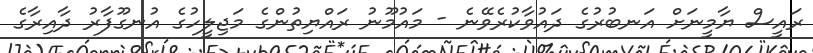
ރައީސް ޔާމީނަށް އަނބުރުގެ ދައުވާކުރެެވޭނެ - މައުމޫނު ރައްޔިތުންގެ މަޖިލީހުގެ އުނގޫފާރު ދާއިރާގެ